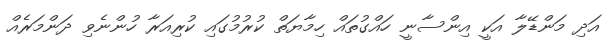
އަދި މަންޑޭލާ އަކީ އިންސާނީ ހައްގުތައް ހިމާޔަތް ކުރުމުގައި ކުރިއަރާ ހުންނެވި ދަންމަރެއް